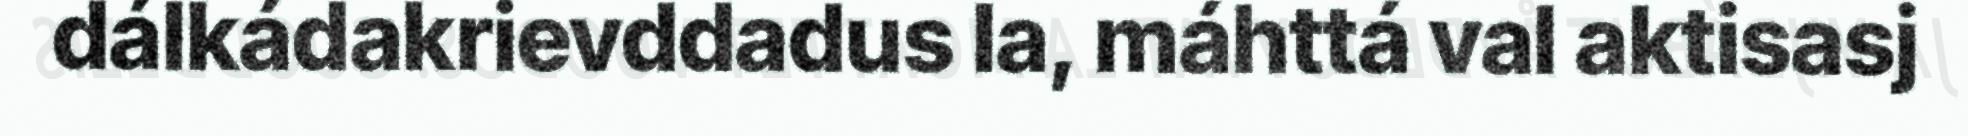
dálkádakrievddadus la, máhttá val aktisasj